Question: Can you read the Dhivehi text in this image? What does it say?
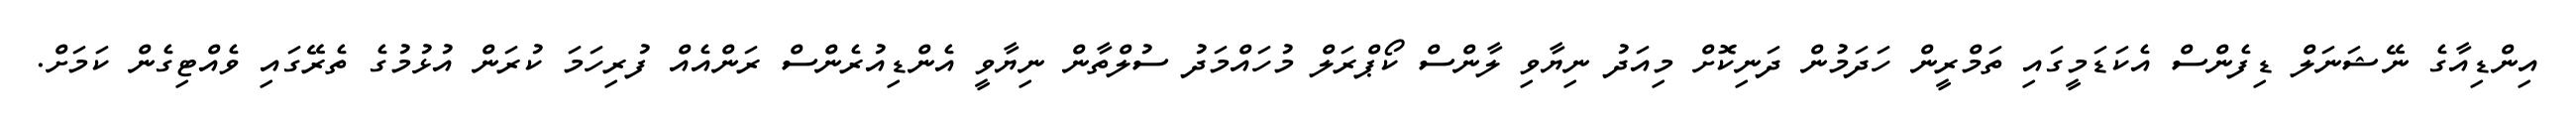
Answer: އިންޑިއާގެ ނޭޝަނަލް ޑިފެންސް އެކަޑަމީގައި ތަމްރީން ހަދަމުން ދަނިކޮށް މިއަދު ނިޔާވި ލާންސް ކޯޕްރަލް މުހައްމަދު ސުލްތާން ނިޔާވީ އެންޑިއުރެންސް ރަންއެއް ފުރިހަމަ ކުރަން އުޅުމުގެ ތެރޭގައި ވެއްޓިގެން ކަމަށް.